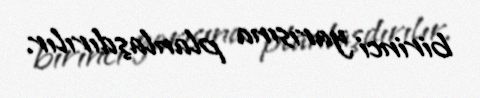
birinci yarısına planlaşdırılır.